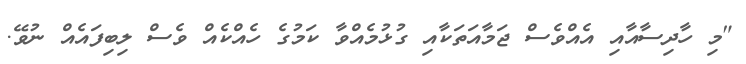
"މި ހާދިސާއާއި އެއްވެސް ޖަމާއަތަކާއި ގުޅުމެއްވާ ކަމުގެ ހެއްކެއް ވެސް ލިބިފައެއް ނުވޭ.